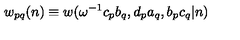
w _ { p q } ( n ) \equiv w ( \omega ^ { - 1 } c _ { p } b _ { q } , d _ { p } a _ { q } , b _ { p } c _ { q } | n )